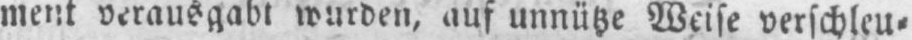
ment verausgabt wurden, auf unnütze Weise verschleu⸗